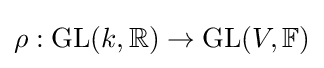
\rho :\mathrm {GL} (k,\mathbb {R} )\to \mathrm {GL} (V,\mathbb {F} )